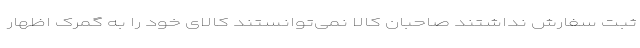
ثبت سفارش نداشتند صاحبان کالا نمی‌توانستند کالای خود را به گمرک اظهار